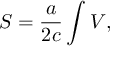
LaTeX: { \cal S } = \frac { a } { 2 c } \int { \cal V } ,